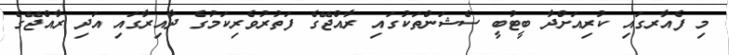
މި ފެއާރގައި ކުރިއަށްދާ ބީޓުބީ ސެޝަންތަކުގައި ރާއްޖޭގެ ފަތުރުވެރިކަމުގެ ދާއިރާގައި އަދި ރާއްޖޭގެ